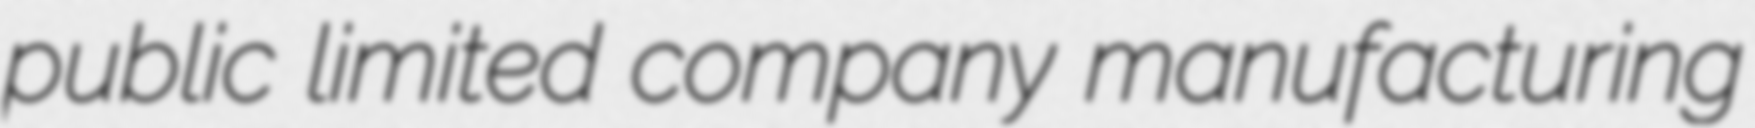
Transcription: public limited company manufacturing